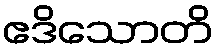
ဧဒိသောတိ